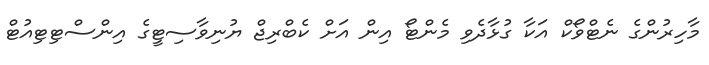
މާހިރުންގެ ނެޓްވޯކް އަކާ ގުޅާދެވި މެންޓޯ އިން އަށް ކެބްރިޖް ޔުނިވާސިޓީގެ އިންސްޓިޓިއުޓް